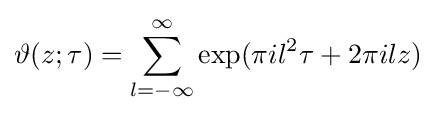
\vartheta (z;\tau )=\sum _{l=-\infty }^{\infty }\exp(\pi il^{2}\tau +2\pi ilz)